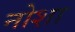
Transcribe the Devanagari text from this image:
नोशा